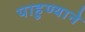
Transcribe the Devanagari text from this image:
पाहुण्याने